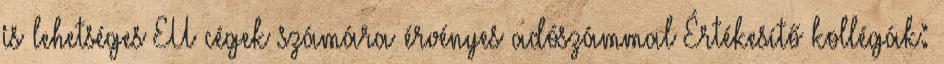
is lehetséges EU cégek számára érvényes adószámmal Értékesítő kollégák: